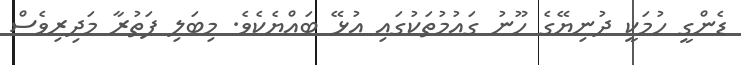
ޑެންގީ ހުމަކީ ދުނިޔޭގެ ހޫނު ގައުމުތަކުގައި އުޅޭ ބައްޔެކެވެ. މިބަލި ފަތުރާ މަދިރިވެސް